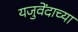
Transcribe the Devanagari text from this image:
यजुवेंदाच्या